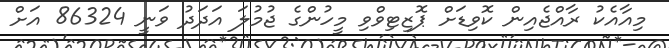
މިއާއެކު ރާއްޖެއިން ކޮވިޑަށް ޕޮޒިޓިވްވި މީހުންގެ ޖުމުލަ އަދަދު ވަނީ 86324 އަށް